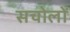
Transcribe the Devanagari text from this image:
सचोलों